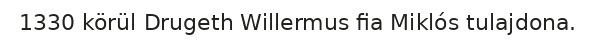
1330 körül Drugeth Willermus fia Miklós tulajdona.